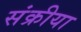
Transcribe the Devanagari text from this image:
संक्रीया